Medical and sanitary report of the native army of Bengal for the year
Year: 1876
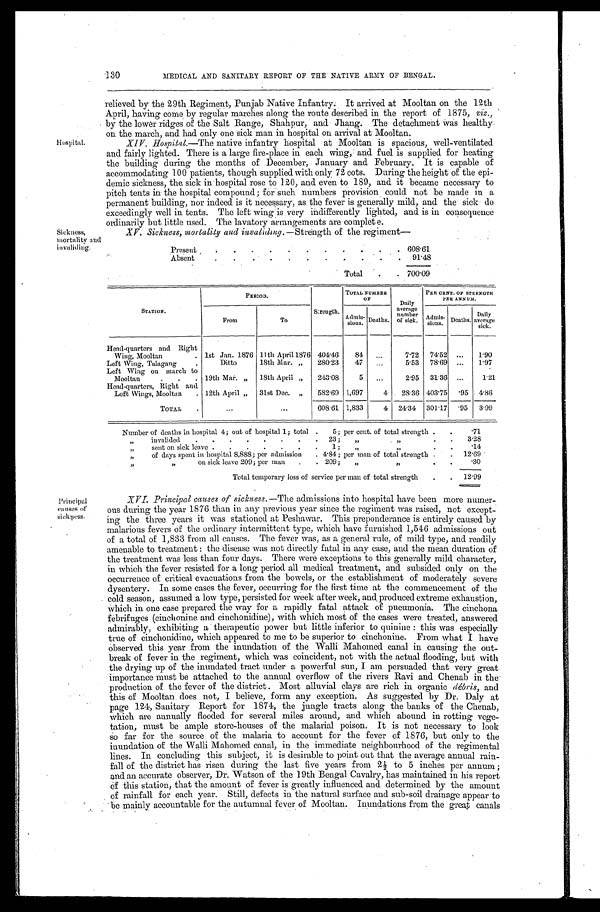
Hospital.
Sickness,
mortality and
invaliding.
130
MEDICAL AND SANITARY REPORT OF THE NATIVE ARMY OF BENGAL.
relieved by the 29th Regiment, Punjab Native Infantry. It arrived at Mooltan on the 12th
April, having come by regular marches along the route described in the report of 1875, viz.,
by the lower ridges of the Salt Range, Shahpur, and Jhang. The detachment was healthy
on the march, and had only one sick man in hospital on arrival at Mooltan.
XIV Hospital.—The native infantry hospital at Mooltan is spacious, well-ventilated
and fairly lighted. There is a large fire-place in each wing, and fuel is supplied for heating
the building during the months of December, January and February. It is capable of
accommodating 100 patients, though supplied with only 72 cots. During the height of the epi
- d e m i c s i c k n e s s , t h e s i c k i n h o s p i t a l r o s e t o 1 2 0 , a n d e v e n t o 1 8 9 , a n d i t b e c a m e n e c e s s a r y t o
pitch tents in the hospital compound; for such numbers provision could not be made in a
permanent building, nor indeed is it necessary, as the fever is generally mild, and the sick do
exceedingly well in tents. The left wing is very indifferently lighted, and is in consequence
ordinarily but little used. The lavatory arrangements are complete.
XV. Sickness, mortality and invaliding—Strength of the regiment—
Present
6 0 8 . 6 1
Absent
9 1 . 4 8
Total
7 0 0 . 0 9
STATION.
PERIOD.
Strength.
TOTAL NUMBER
OF
Daily
average number of sick.
PER CENT. OF STRENGTH
PER ANNUM.
From
To
Admis-
sions. Deaths.
Admis
- sions. Deaths. Daily
average sick.
Head-quarters and Right
Wing, Mooltan
1st Jan. 1876 11th April 1876 404.46 84
7.72 74.52
1.90
Left Wing, Talagang
Ditto
18th Mar. „ 280.23 47
5.53 78.69
1.97
Left Wing on march to
Mooltan
19th Mar. „ 18th April „ 243.08 5
2.95 31.36
1 . 2 1
Head-quarters, Right and
Left Wings, Mooltan
12th April „ 31st Dec. „ 582.69 1,697 4 28.36 403.75
. 9 5 4.86
TOTAL
608.61 1,833 4 24.34 301.17 . 9 5 3.99
Number of deaths in hospital 4; out of hospital 1; total 5; per cent. of total strength
.71
„ i n v a l i d e d 2 3 ; „ „
3.28
„ s e n t o n s i c k l e a v e 1 ; „ „ .14
„ o f d a y s s p e n t i n h o s p i t a l 8 , 8 8 8 ; p e r a d m i s s i o n 4 . 8 4 ; p e r m a n o f t o t a l s t r e n g t h
12.69
„ „ o n s i c k l e a v e 2 0 9 ; p e r m a n 2 0 9 ; „ „
.30
Total temporary loss of service per man of total strength
12.99
Principal
causes of
sickness.
XVI. Principal causes of sickness. —The admissions into hospital have been more numer
- ous during the year 1876 than in any previous year since the regiment was raised, not except
- i n g t h e t h r e e y e a r s i t w a s s t a t i o n e d a t P e s h a w a r . T h i s p r e p o n d e r a n c e i s e n t i r e l y c a u s e d b y
malarious fevers of the ordinary intermittent type, which have furnished 1,546 admissions out
of a total of 1,833 from all causes. The fever was, as a general rule, of mild type, and readily
amenable to treatment: the disease was not directly fatal in any case, and the mean duration of
the treatment was less than four days. There were exceptions to this generally mild character,
in which the fever resisted for a long period all medical treatment, and subsided only on the
occurrence of critical evacuations from the bowels, or the establishment of moderately severe
dysentery. In some cases the fever, occurring for the first time at the commencement of the
cold season, assumed a low type, persisted for week after week, and produced extreme exhaustion,
which in one case prepared the way for a rapidly fatal attack of pneumonia. The cinchona
febrifuges (cinchonine and cinchonidine), with which most of the cases were treated, answered
admirably, exhibiting a therapeutic power but little inferior to quinine: this was especially
true of cinchonidine, which appeared to me to be superior to cinchonine. From what I have
observed this year from the inundation of the Walli Mahomed canal in causing the out
-break of fever in the regiment, which was coincident, not with the actual flooding, but with
the drying up of the inundated tract under a powerful sun, I am persuaded that very great
importance must be attached to the annual overflow of the rivers Ravi and Chenab in the
production of the fever of the district. Most alluvial clays are rich in organic débris, and
this of Mooltan does not, I believe, form any exception. As suggested by Dr. Daly at
page 124, Sanitary Report for 1874, the jungle tracts along the banks of the Chenab,
which are annually flooded for several miles around, and which abound in rotting vege
- tation, must be ample store-houses of the malarial poison. It is not necessary to look
so far for the source of the malaria to account for the fever of 1876, but only to the
inundation of the Walli Mahomed canal, in the immediate neighbourhood of the regimental
lines. In concluding this subject, it is desirable to point out that the average annual rain
- fall of the district has risen during the last five years from 2½ to 5 inches per annum;
and an accurate observer, Dr. Watson of the 19th Bengal Cavalry, has maintained in his report
of this station, that the amount of fever is greatly influenced and determined by the amount
of rainfall for each year. Still, defects in the natural surface and sub-soil drainage appear to
be mainly accountable for the autumnal fever of Mooltan. Inundations from the great canals